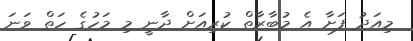
މިއަދު ފަށާ އެ މުބާރާތް ކުރިއަށް ދާނީ މި މަހުގެ ހަތް ވަނަ